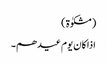
(مشکوٰۃ)
اذا کان یوم عیدھم۔